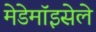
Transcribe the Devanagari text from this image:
मेडेमॉइसेले